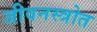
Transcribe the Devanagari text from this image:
जीवनस्त्रोत